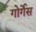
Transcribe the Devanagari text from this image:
गोर्गेस